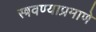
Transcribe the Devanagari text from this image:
स्त्रवण्याप्रमाणे